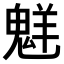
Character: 𫙊